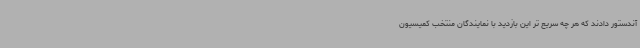
آندستور دادند که هر چه سریع تر این بازدید با نمایندگان منتخب کمیسیون